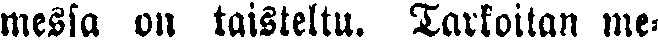
messa on taisteltu. Tarkoitan me-